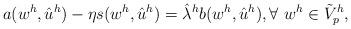
LaTeX: \begin{align*} a(w^h, \hat u^h) - \eta s(w^h, \hat u^h) = \hat\lambda^h b(w^h, \hat u^h), \forall \ w^h \in \tilde{V}^h_p,\end{align*}